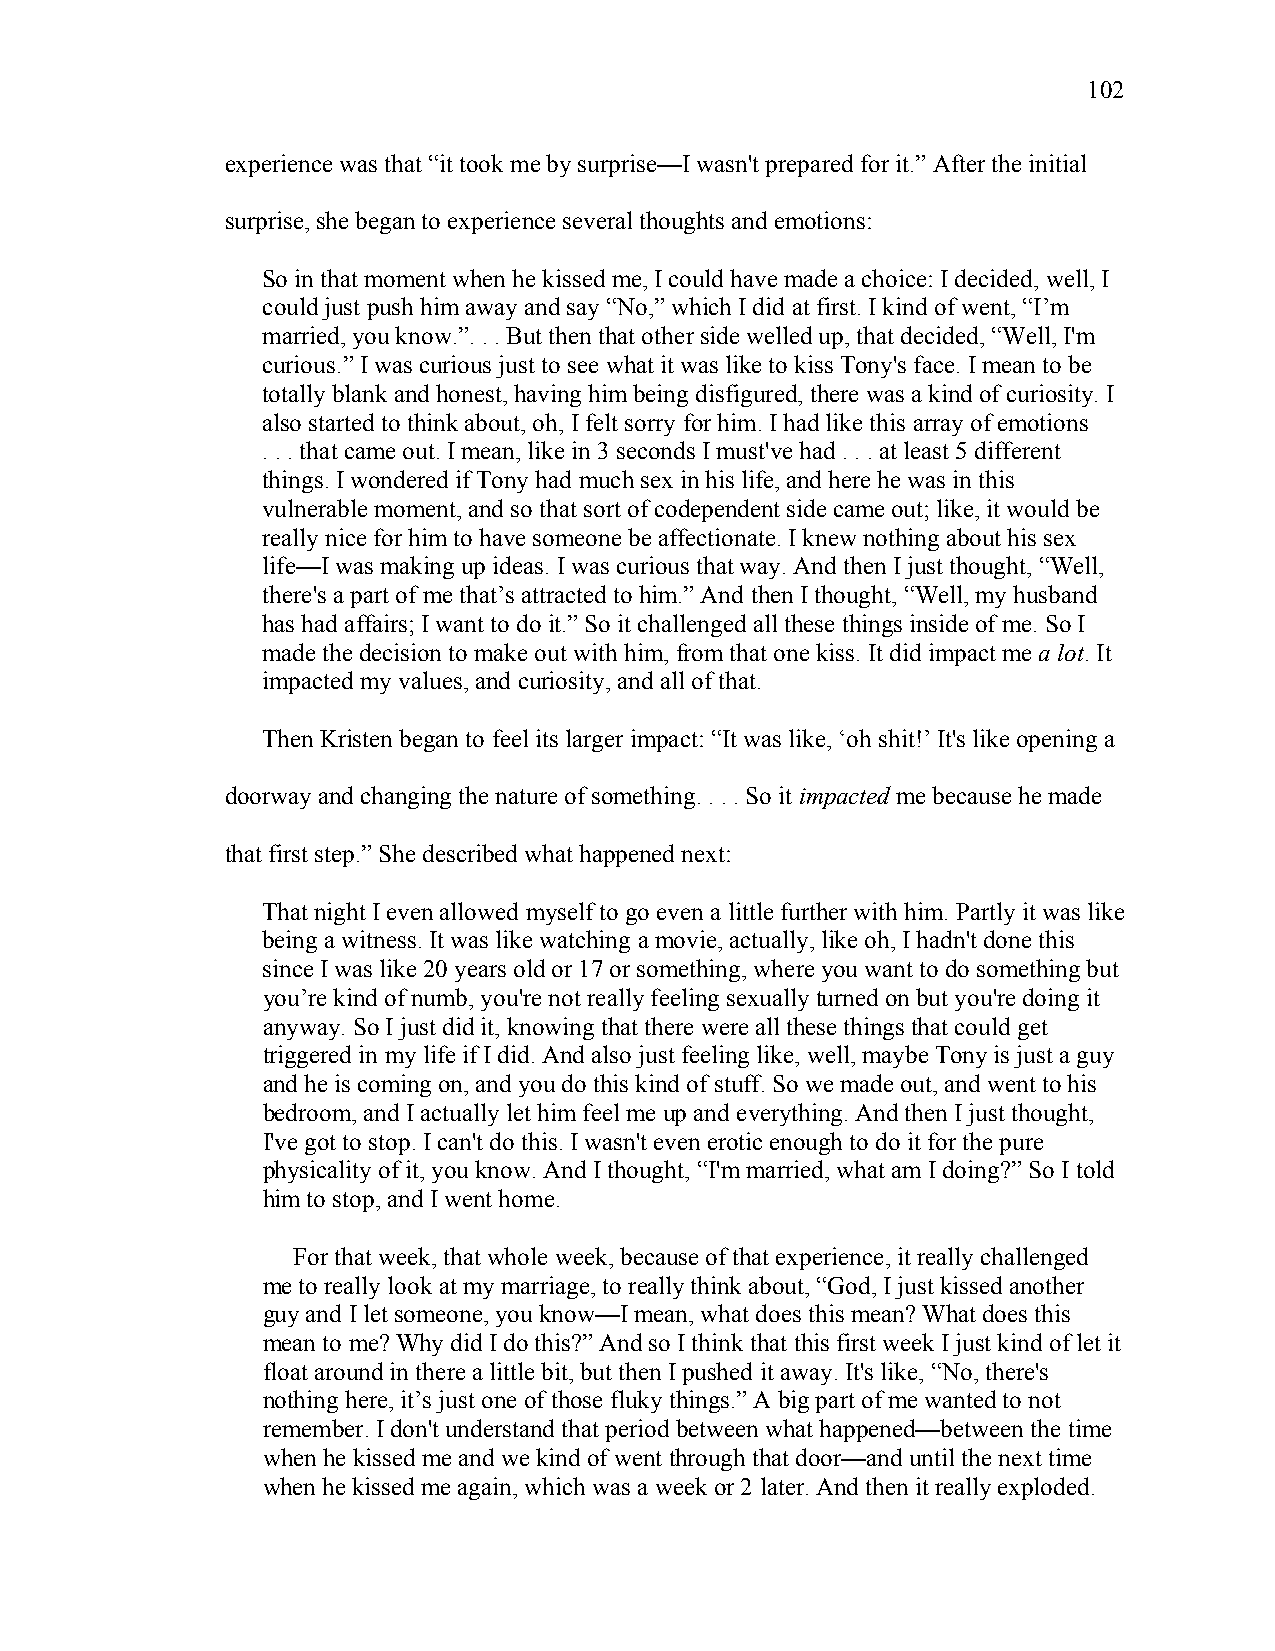
102
 experience was that “it took me by surprise—I wasn't prepared for it.” After the initial
 surprise, she began to experience several thoughts and emotions:
 So in that moment when he kissed me, I could have made a choice: I decided, well, I
 could just push him away and say “No,” which I did at first. I kind of went, “I’m
 married, you know.”. . . But then that other side welled up, that decided, “Well, I'm
 curious.” I was curious just to see what it was like to kiss Tony's face. I mean to be
 totally blank and honest, having him being disfigured, there was a kind of curiosity. I
 also started to think about, oh, I felt sorry for him. I had like this array of emotions
 . . . that came out. I mean, like in 3 seconds I must've had . . . at least 5 different
 things. I wondered if Tony had much sex in his life, and here he was in this
 vulnerable moment, and so that sort of codependent side came out; like, it would be
 really nice for him to have someone be affectionate. I knew nothing about his sex
 life—I was making up ideas. I was curious that way. And then I just thought, “Well,
 there's a part of me that’s attracted to him.” And then I thought, “Well, my husband
 has had affairs; I want to do it.” So it challenged all these things inside of me. So I
 made the decision to make out with him, from that one kiss. It did impact me a lot. It
 impacted my values, and curiosity, and all of that.
 Then Kristen began to feel its larger impact: “It was like, ‘oh shit!’ It's like opening a
 doorway and changing the nature of something. . . . So it impacted me because he made
 that first step.” She described what happened next:
 That night I even allowed myself to go even a little further with him. Partly it was like
 being a witness. It was like watching a movie, actually, like oh, I hadn't done this
 since I was like 20 years old or 17 or something, where you want to do something but
 you’re kind of numb, you're not really feeling sexually turned on but you're doing it
 anyway. So I just did it, knowing that there were all these things that could get
 triggered in my life if I did. And also just feeling like, well, maybe Tony is just a guy
 and he is coming on, and you do this kind of stuff. So we made out, and went to his
 bedroom, and I actually let him feel me up and everything. And then I just thought,
 I've got to stop. I can't do this. I wasn't even erotic enough to do it for the pure
 physicality of it, you know. And I thought, “I'm married, what am I doing?” So I told
 him to stop, and I went home.
 For that week, that whole week, because of that experience, it really challenged
 me to really look at my marriage, to really think about, “God, I just kissed another
 guy and I let someone, you know—I mean, what does this mean? What does this
 mean to me? Why did I do this?” And so I think that this first week I just kind of let it
 float around in there a little bit, but then I pushed it away. It's like, “No, there's
 nothing here, it’s just one of those fluky things.” A big part of me wanted to not
 remember. I don't understand that period between what happened—between the time
 when he kissed me and we kind of went through that door—and until the next time
 when he kissed me again, which was a week or 2 later. And then it really exploded.